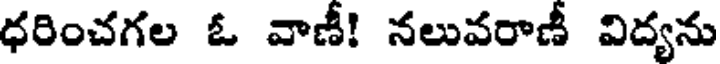
ధరించగల ఓ వాణీ! నలువరాణీ విద్యను